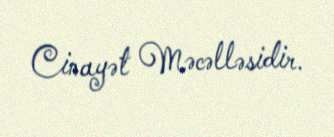
Cinayət Məcəlləsidir.